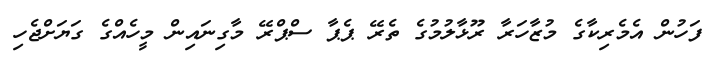
ފަހުން އެމެރިކާގެ މުޒާހަރާ ރޫޅާލުމުގެ ތެރޭ ޕެޕާ ސްޕްރޭ މާގިނައިން މީހެއްގެ ގަޔަށްޖެހި